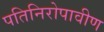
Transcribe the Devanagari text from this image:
पतिनिरोपावीण